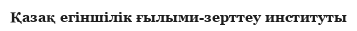
Қазақ егіншілік ғылыми-зерттеу институты